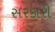
સરકારી